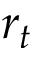
r _ { t }